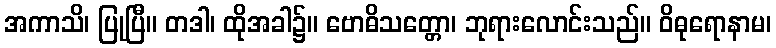
အကာသိ၊ ပြုပြီ။ တဒါ၊ ထိုအခါ၌။ ဗောဓိသတ္တော၊ ဘုရားလောင်းသည်။ ဝိဓုရောနာမ၊